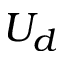
U _ { d }